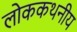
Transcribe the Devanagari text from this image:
लोककथनीय